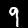
Digit: 9